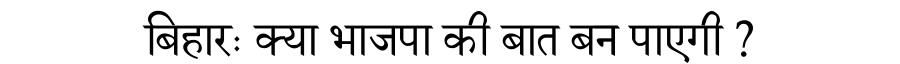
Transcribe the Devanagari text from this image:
बिहारः क्या भाजपा की बात बन पाएगी ?